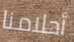
أحلامنا